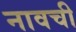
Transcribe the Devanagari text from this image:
नावची